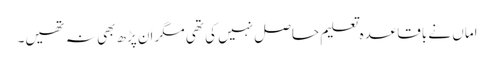
اماں نے باقاعدہ تعلیم حاصل نہیں کی تھی مگر اَن پڑھ بھی نہ تھیں۔